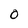
Character: O